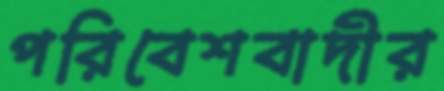
পরিবেশবাদীর